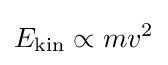
E_{\text{kin}}\propto mv^{2}